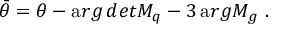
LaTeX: \bar { \theta } = \theta - { \mathrm a r g \, d e t } M _ { q } - 3 \, { \mathrm a r g } M _ { g } ~ .